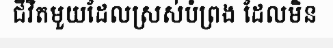
ជីវិតមួយដែលស្រស់បំព្រង ដែលមិន